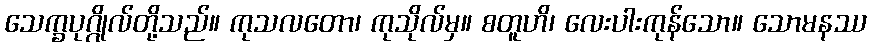
သေက္ခပုဂ္ဂိုလ်တို့သည်။ ကုသလတော၊ ကုသိုလ်မှ။ စတူဟိ၊ လေးပါးကုန်သော။ သောမနဿ